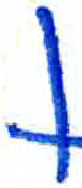
אות: ן